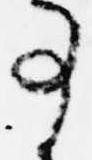
事